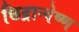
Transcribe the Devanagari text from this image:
छिद्रान्वेष्ण